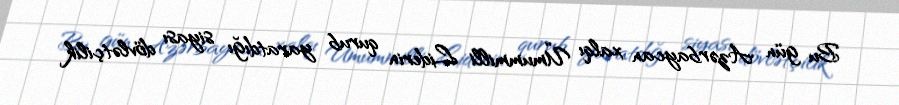
Bu gün Azərbaycan xalqı Ümummilli Liderin qurub yaratdığı siyası dövlətçilik